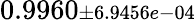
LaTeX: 0.9960{\scriptstyle\pm 6.9456e-04}